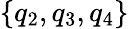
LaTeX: \{ q_{2},q_{3},q_{4}\}